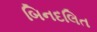
બિનદલિત